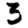
Digit: 3